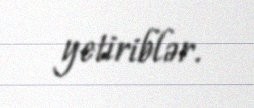
yetiriblər.